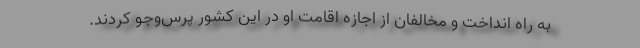
به راه انداخت و مخالفان از اجازه اقامت او در این کشور پرس‌وجو کردند.